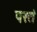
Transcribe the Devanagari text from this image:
परतं